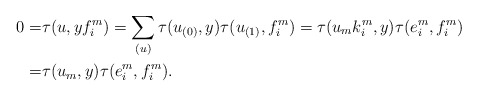
\begin{align*}0=&\tau(u, yf_i^m)=\sum_{(u)}\tau(u_{(0)},y)\tau(u_{(1)},f_i^m)=\tau(u_mk_i^m,y)\tau(e_i^m,f_i^m)\\=&\tau(u_m,y)\tau(e_i^m,f_i^m).\end{align*}